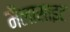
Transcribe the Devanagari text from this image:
मैलासाइट